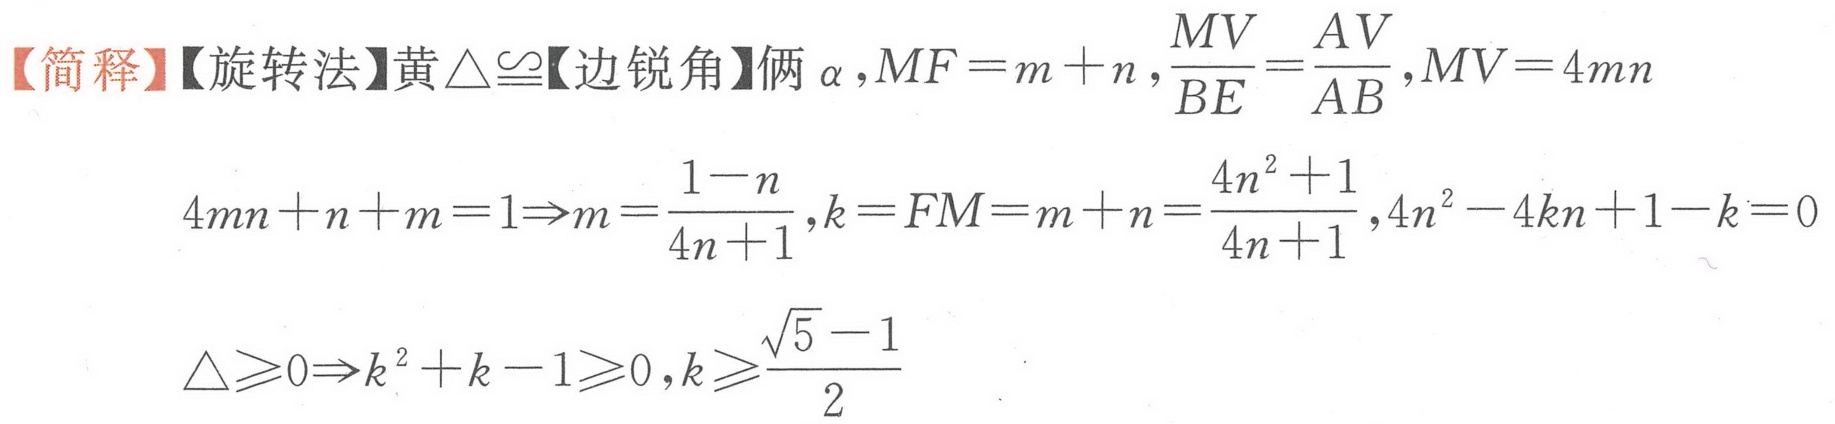
【简释】【旋转法】黄\(\triangle\cong\)【边锐角】俩\(\alpha\)，\(MF = m + n\)，\(\frac{MV}{BE}=\frac{AV}{AB}\)，\(MV = 4mn\)
\(4mn + n + m = 1\Rightarrow m=\frac{1 - n}{4n + 1}\)，\(k = FM = m + n=\frac{4n^{2}+1}{4n + 1}\)，\(4n^{2}-4kn + 1 - k = 0\)
\(\triangle\geqslant0\Rightarrow k^{2}+k - 1\geqslant0\)，\(k\geqslant\frac{\sqrt{5}-1}{2}\)